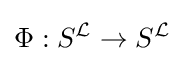
\Phi :S^{\mathcal {L}}\rightarrow S^{\mathcal {L}}